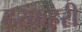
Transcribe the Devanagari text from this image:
ढरकहरी